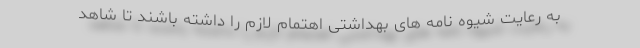
به رعایت شیوه نامه های بهداشتی اهتمام لازم را داشته باشند تا شاهد